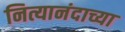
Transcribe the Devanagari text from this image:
नित्यानंदाच्या